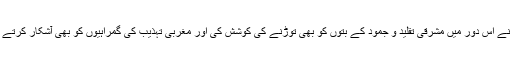
انہوں نے اس دور میں مشرقی تقلید و جمود کے بتوں کو بھی توڑنے کی کوشش کی اور مغربی تہذیب کی گمراہیوں کو بھی آشکار کرتے رہے۔